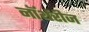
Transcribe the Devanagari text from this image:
नॉर्थरीज